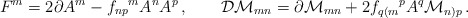
\begin{align*}F^{m} = 2\partial A^{m} -f_{np}{}^{m}A^{n}A^{p} \,, \qquad {\cal D} {\cal M}_{mn} = \partial {\cal M}_{mn} + 2 f_{q(m}{}^{p} A^{q} {\cal M}_{n)p} \,.\end{align*}